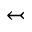
\leftarrowtail